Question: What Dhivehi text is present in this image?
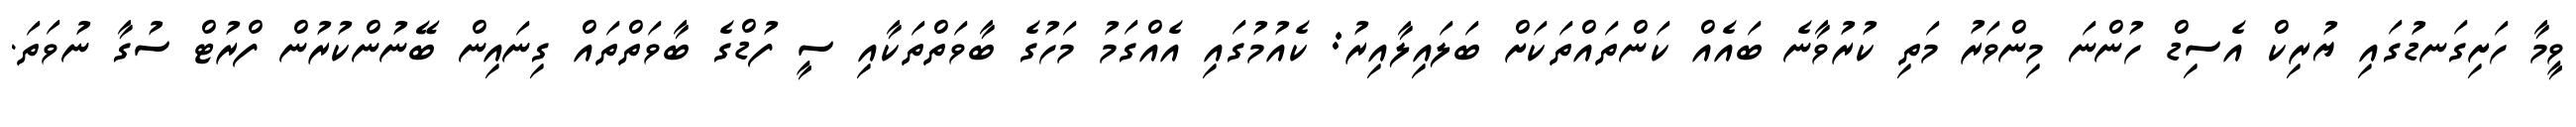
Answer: ވީމާ ހަށިގަނޑުގައި ޔުރިކް އެސިޑް ހުންނަ މިންވަރު މަތި ކުރުވާނެ ބައެއް ކަންތައްތަކަށް ބަލައިލާއިރު: ކެއުމުގައި އެއްގަމު މަހުގެ ބާވަތްތަކާއި ސީ ފުޑްގެ ބާވަތްތައް ގިނައިން ބޭނުންކުރުން ފްރުޓް ސުގާ ނުވަތަ.